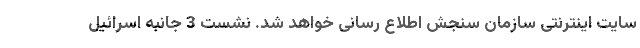
سایت اینترنتی سازمان سنجش اطلاع رسانی خواهد شد. نشست 3 جانبه اسرائیل